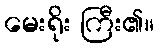
မေးရိုး ကြီး၏။